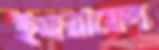
ইজরায়েল